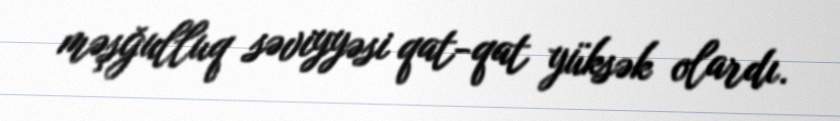
məşğulluq səviyyəsi qat-qat yüksək olardı.